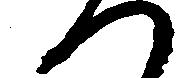
つ